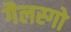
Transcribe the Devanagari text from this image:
गैलस्गो